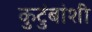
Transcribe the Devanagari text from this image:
कुटुंबांशी